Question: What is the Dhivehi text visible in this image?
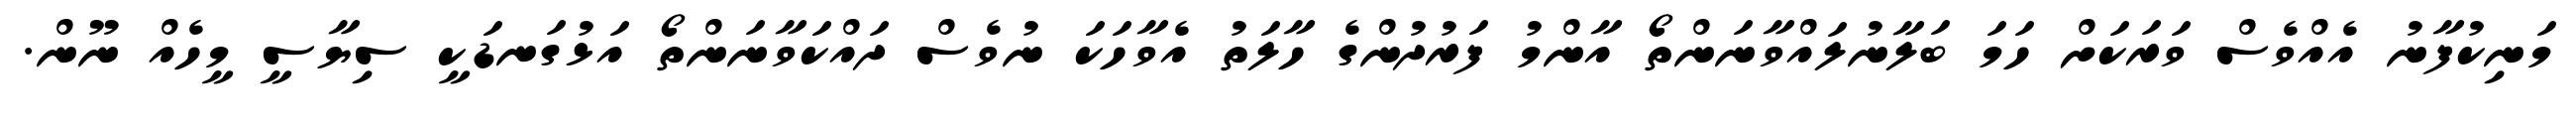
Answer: މަނިކުފާނު އެއްވެސް ވަރަކަށް ހަމަ ބަލާނުލައްވާނަންތޯ އާންމު ފަރުދުންގެ ހާލަތު އެވާހަކަ ނުވެސް ދައްކަވާނަންތޯ އަޅުގަނޑަކީ ސިޔާސީ މީހެއް ނޫން.